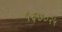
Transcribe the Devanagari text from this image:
५६७०२५